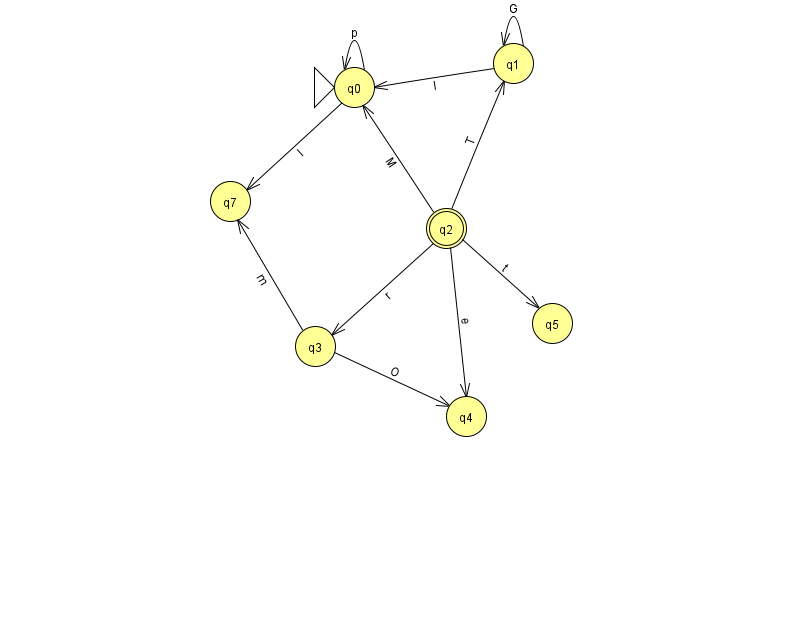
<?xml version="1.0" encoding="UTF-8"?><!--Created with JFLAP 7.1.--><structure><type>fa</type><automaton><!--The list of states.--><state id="0" name="q0"><x>354.0</x><y>74.0</y><initial/></state><state id="1" name="q1"><x>513.0</x><y>50.0</y></state><state id="2" name="q2"><x>446.0</x><y>215.0</y><final/></state><state id="3" name="q3"><x>315.0</x><y>333.0</y></state><state id="4" name="q4"><x>466.0</x><y>403.0</y></state><state id="5" name="q5"><x>552.0</x><y>310.0</y></state><state id="7" name="q7"><x>230.0</x><y>188.0</y></state><!--The list of transitions.--><transition><from>0</from><to>0</to><read>p</read></transition><transition><from>1</from><to>0</to><read>I</read></transition><transition><from>2</from><to>0</to><read>M</read></transition><transition><from>2</from><to>1</to><read>T</read></transition><transition><from>2</from><to>4</to><read>e</read></transition><transition><from>0</from><to>7</to><read>I</read></transition><transition><from>2</from><to>3</to><read>r</read></transition><transition><from>2</from><to>5</to><read>t</read></transition><transition><from>1</from><to>1</to><read>G</read></transition><transition><from>3</from><to>4</to><read>O</read></transition><transition><from>3</from><to>7</to><read>m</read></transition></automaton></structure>